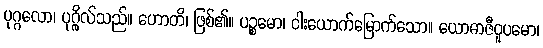
ပုဂ္ဂလော၊ ပုဂ္ဂိုလ်သည်။ ဟောတိ၊ ဖြစ်၏။ ပဉ္စမော၊ ငါးယောက်မြောက်သော။ ယောဓာဇီဝူပမော၊